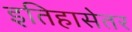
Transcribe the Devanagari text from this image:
इतिहासेतर